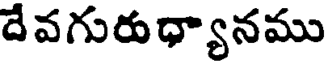
దే వగురుధ్యానము